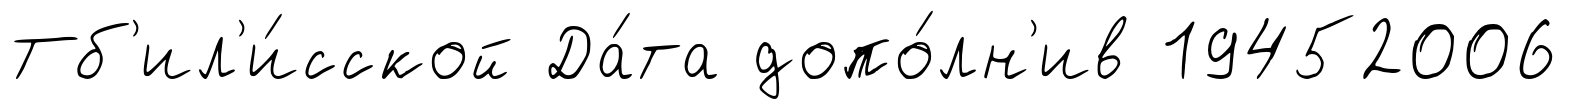
Тб'ил'и́сской Да́та допо́лн'ив 19452006